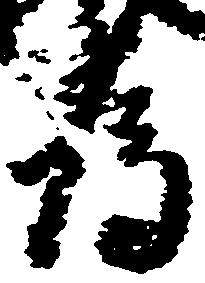
為